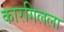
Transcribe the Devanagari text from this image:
कारगिलला